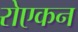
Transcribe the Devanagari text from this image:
रोएकन